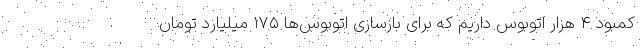
کمبود ۴ هزار اتوبوس داریم که برای بازسازی اتوبوس‌ها ۱۷۵ میلیارد تومان